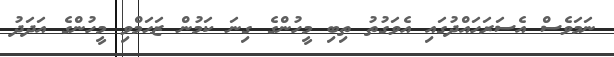
ނަމަވެސް އެސަރަހައްދުގައި އެވަގުތު ތިބި މީހުންގެ ގިނަ ކަމުން ޒަޙަމްވި މީހުންގެ އަދަދު